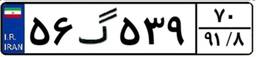
۵۶گ۵۳۹۷۰